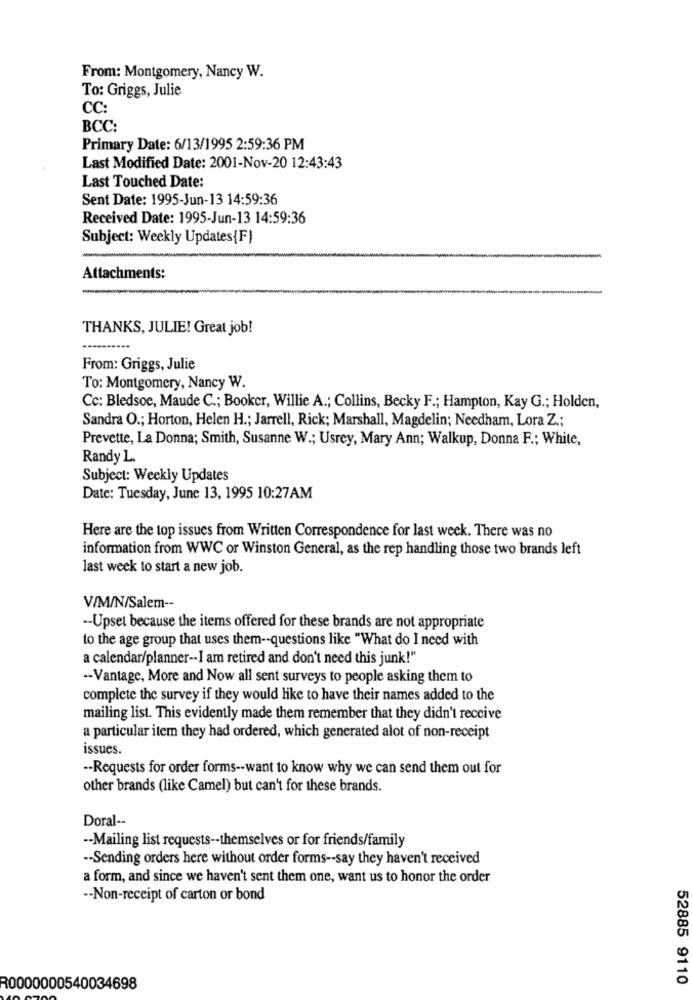
From: Montgomery, Nancy W.
To: Griggs, Julie
CC:
BCC:
Primary Date: 6/13/1995 2:59:36 PM
Last Modified Date: 2001-Nov-20 12:43:43
Last Touched Date:
Sent Date: 1995-Jun-13 14:59:36
Received Date: 1995-Jun-13 14:59:36
Subject: Weekly Updates{F)
Attachments:
THANKS, JULIE! Great job!
From: Griggs, Julie
To: Montgomery, Nancy W.
Cc: Bledsoe, Maude C .; Bookcr, Willie A .; Collins, Becky F .; Hampton, Kay G .; Holden,
Sandra O .; Horton, Helen H .; Jarrell, Rick; Marshall, Magdelin; Needham, Lora Z .;
Prevette, La Donna; Smith, Susanne W .; Usrey, Mary Ann; Walkup, Donna F .; White,
Randy L.
Subject: Weekly Updates
Date: Tuesday, June 13, 1995 10:27AM
Here are the top issues from Written Correspondence for last week. There was no
information from WWC or Winston General, as the rep handling those two brands left
last week to start a new job.
V/M/N/Salem --
-- Upset because the items offered for these brands are not appropriate
to the age group that uses them -- questions like "What do I need with
a calendar/planner -- I am retired and don't need this junk!"
-- Vantage, More and Now all sent surveys to people asking them to
complete the survey if they would like to have their names added to the
mailing list. This evidently made them remember that they didn't receive
a particular item they had ordered, which generated alot of non-receipt
issues.
-- Requests for order forms -- want to know why we can send them out for
other brands (like Camel) but can't for these brands.
Doral-
-- Mailing list requests -- themselves or for friends/family
-- Sending orders here without order forms -- say they haven't received
a form, and since we haven't sent them one, want us to honor the order
-- Non-receipt of carton or bond
52885 9110
R0000000540034698